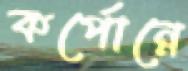
কর্পোন্নে